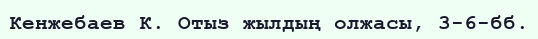
Кенжебаев К. Отыз жылдың олжасы, 3-6-бб.